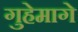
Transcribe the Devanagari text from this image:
गुहेमागे